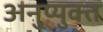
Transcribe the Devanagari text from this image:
अनुप्युक्त